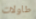
طاولات